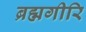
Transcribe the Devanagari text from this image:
ब्रह्मगीरि